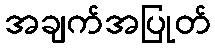
အချက်အပြုတ်